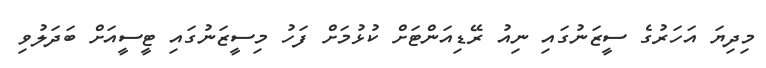
މިދިޔަ އަހަރުގެ ސީޒަނުގައި ނިއު ރޭޑިއަންޓަށް ކުޅުމަށް ފަހު މިސީޒަނުގައި ޓީސީއަށް ބަދަލުވި